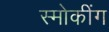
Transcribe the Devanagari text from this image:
स्मोकींग